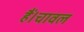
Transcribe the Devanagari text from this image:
हैं।चावल